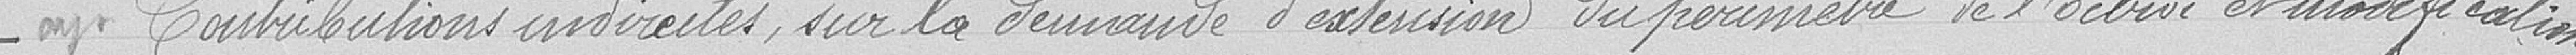
Contributions indirectes sur la demande d'extension du périmètre de l'octroi et modification